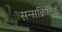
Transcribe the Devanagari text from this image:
सन्सक्रितिक